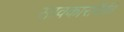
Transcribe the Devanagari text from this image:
सावकारांपैकी